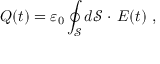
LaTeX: Q ( t ) = \varepsilon _ { 0 } \oint _ { \mathcal { S } } d \mathbf { \mathcal { S } } \ { \boldsymbol { \cdot } } \ { \boldsymbol { E } } ( t ) \ ,